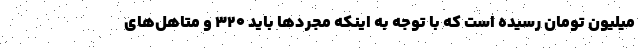
میلیون تومان رسیده است که با توجه به اینکه مجردها باید ۳۲۰ و متاهل‌های